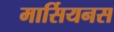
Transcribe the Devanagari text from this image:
मार्सियनस